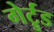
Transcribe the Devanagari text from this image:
गेर्ट्रुड